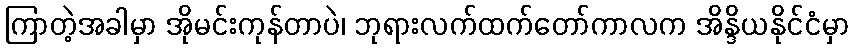
ကြာတဲ့အခါမှာ အိုမင်းကုန်တာပဲ၊ ဘုရားလက်ထက်တော်ကာလက အိန္ဒိယနိုင်ငံမှာ